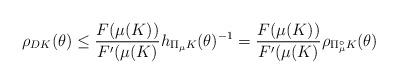
LaTeX: \begin{align*}\rho_{DK}(\theta) \le \frac{F(\mu(K))}{F'(\mu(K)} h_{\Pi_\mu K}(\theta)^{-1} = \frac{F(\mu(K))}{F'(\mu(K)} \rho_{\Pi_\mu^\circ K}(\theta)\end{align*}